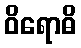
ဝိရောဓိ